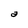
Character: a